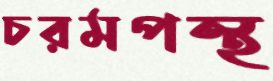
চরমপন্থ